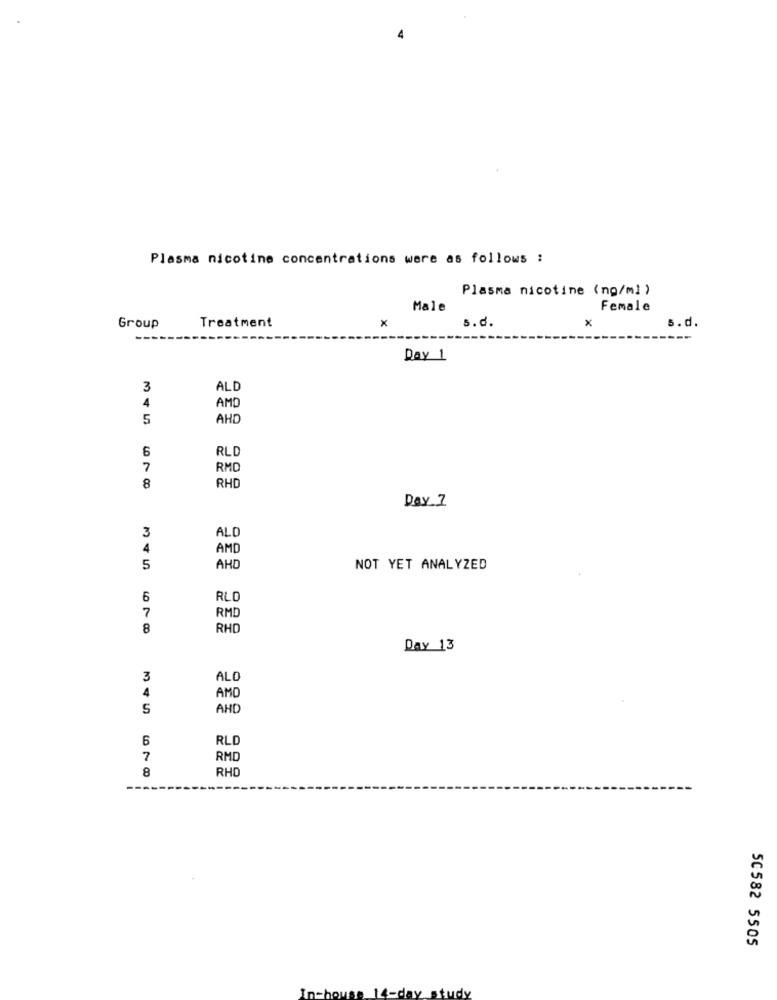
Plasma nicotine concentrations were as follows :
Plasma nicotine (ng/ml )
Male
Female
Treatment
Group
x
s.d.
s.d.
Day 1
3
ALD
4
AMD
5
AHD
6
RLD
7
RMD
8
RHD
Day ]
3
ALD
4
AMD
5
AHD
NOT YET ANALYZED
6
RLD
7
RMD
8
RHD
Day 13
3
ALO
A
AMD
5
AND
6
RLD
7
RMD
8
RHD
50582 5505
14-